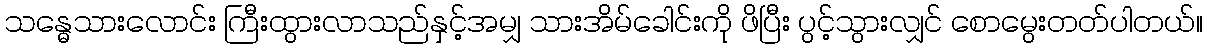
သန္ဓေသားလောင်း ကြီးထွားလာသည်နှင့်အမျှ သားအိမ်ခေါင်းကို ဖိပြီး ပွင့်သွားလျှင် စောမွေးတတ်ပါတယ်။